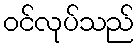
ဝင်လုပ်သည်